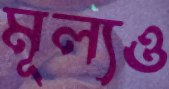
মূল্যও